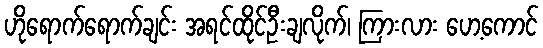
ဟိုရောက်ရောက်ချင်း အရင်ထိုင်ဦးချလိုက်၊ ကြားလား ဟေ့ကောင်